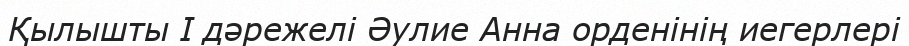
Қылышты I дәрежелі Әулие Анна орденінің иегерлері